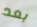
بعد